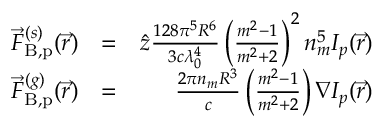
\begin{array} { r l r } { \vec { F } _ { { \mathrm { B , p } } } ^ { ( s ) } ( \vec { r } ) } & { = } & { \hat { z } \frac { 1 2 8 \pi ^ { 5 } R ^ { 6 } } { 3 c \lambda _ { 0 } ^ { 4 } } \left( \frac { m ^ { 2 } - 1 } { m ^ { 2 } + 2 } \right) ^ { 2 } n _ { m } ^ { 5 } I _ { p } ( \vec { r } ) } \\ { \vec { F } _ { { \mathrm { B , p } } } ^ { ( g ) } ( \vec { r } ) } & { = } & { \frac { 2 \pi n _ { m } R ^ { 3 } } { c } \left( \frac { m ^ { 2 } - 1 } { m ^ { 2 } + 2 } \right) \nabla I _ { p } ( \vec { r } ) } \end{array}